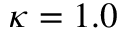
\kappa = 1 . 0